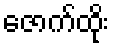
ဇောက်ထိုး